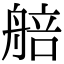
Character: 𦩜